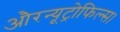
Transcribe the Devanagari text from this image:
औरन्यूट्रोफिल्स।